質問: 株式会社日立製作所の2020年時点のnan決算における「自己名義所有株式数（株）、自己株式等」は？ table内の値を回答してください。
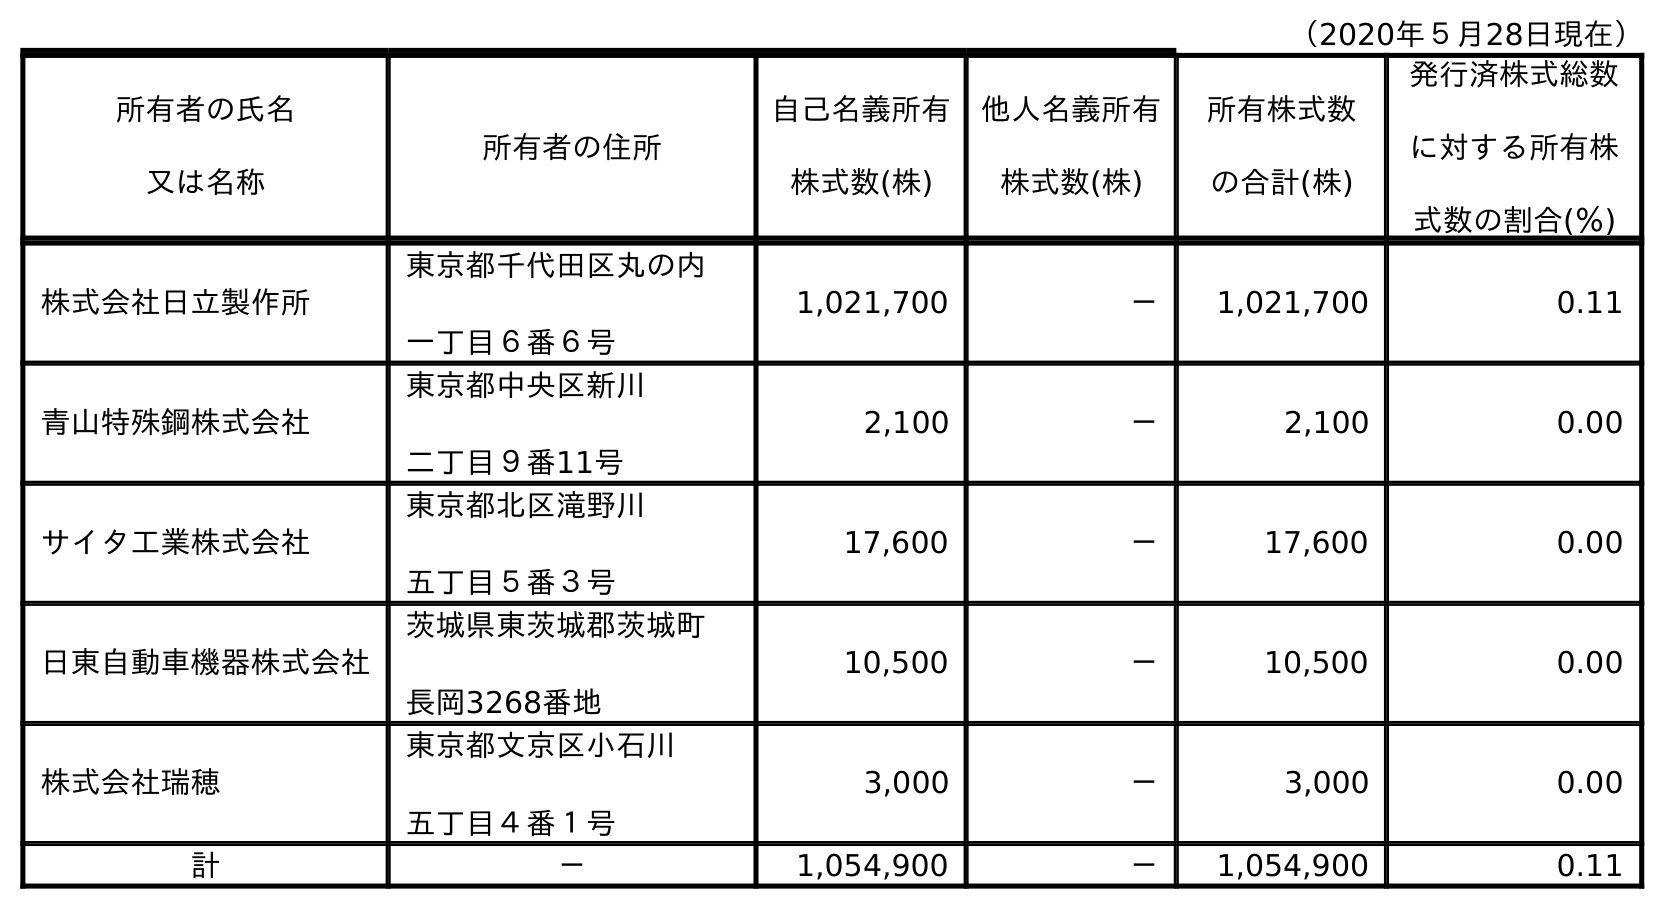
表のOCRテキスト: （2020年５月28日現在） 所有者の氏名 又は名称 所有者の住所 自己名義所有 株式数(株) 他人名義所有 株式数(株) 所有株式数 の合計(株) 発行済株式総数 に対する所有株 式数の割合(％) 株式会社日立製作所 東京都千代田区丸の内 一丁目６番６号 1,021,700 － 1,021,700 0.11 青山特殊鋼株式会社 東京都中央区新川 二丁目９番11号 2,100 － 2,100 0.00 サイタ工業株式会社 東京都北区滝野川 五丁目５番３号 17,600 － 17,600 0.00 日東自動車機器株式会社 茨城県東茨城郡茨城町 長岡3268番地 10,500 － 10,500 0.00 株式会社瑞穂 東京都文京区小石川 五丁目４番１号 3,000 － 3,000 0.00 計 － 1,054,900 － 1,054,900 0.11
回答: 1,054,900